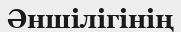
Әншілігінің